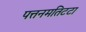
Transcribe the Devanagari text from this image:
पत्तनमतिटटा